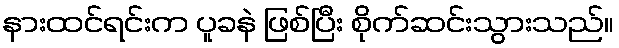
နားထင်ရင်းက ပူခနဲ ဖြစ်ပြီး စိုက်ဆင်းသွားသည်။